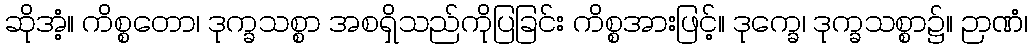
ဆိုအံ့။ ကိစ္စတော၊ ဒုက္ခသစ္စာ အစရှိသည်ကိုပြခြင်း ကိစ္စအားဖြင့်။ ဒုက္ခေ၊ ဒုက္ခသစ္စာ၌။ ဉာဏံ၊